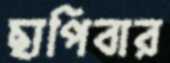
ছাপিবার